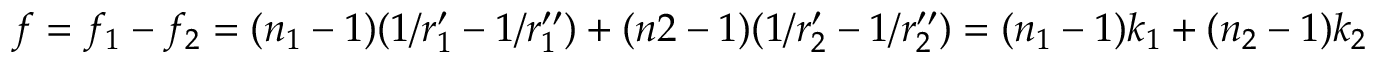
f = f _ { 1 } - f _ { 2 } = ( n _ { 1 } - 1 ) ( 1 / r _ { 1 } ^ { \prime } - 1 / r _ { 1 } ^ { \prime \prime } ) + ( n 2 - 1 ) ( 1 / r _ { 2 } ^ { \prime } - 1 / r _ { 2 } ^ { \prime \prime } ) = ( n _ { 1 } - 1 ) k _ { 1 } + ( n _ { 2 } - 1 ) k _ { 2 }